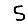
Digit: 5